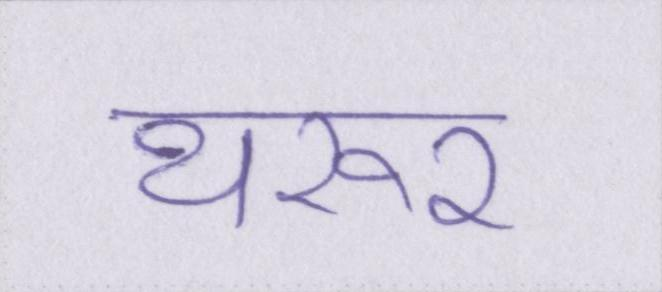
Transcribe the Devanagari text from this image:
थरूर